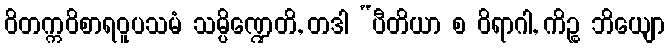
ဝိတက္ကဝိစာရဝူပသမံ သမ္ပိဏ္ဍေတိ, တဒါ “ပီတိယာ စ ဝိရာဂါ, ကိဉ္စ ဘိယျော